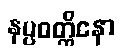
နပ္ပဝတ္တိနော